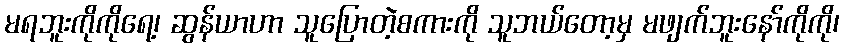
မရဘူးကိုကိုရေ့၊ ဆွန်ယာဟာ သူပြောတဲ့စကားကို သူဘယ်တော့မှ မဖျက်ဘူးနော်ကိုကို၊